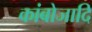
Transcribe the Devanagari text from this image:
कांबोजादि